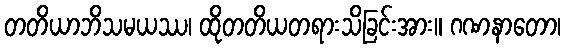
တတိယာဘိသမယဿ၊ ထိုတတိယတရားသိခြင်းအား။ ဂဏနာတော၊